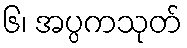
၆၊ အပ္ပကသုတ်